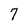
Character: 7